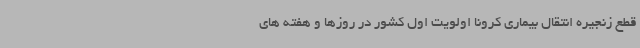
قطع زنجیره انتقال بیماری کرونا اولویت اول کشور در روزها و هفته های